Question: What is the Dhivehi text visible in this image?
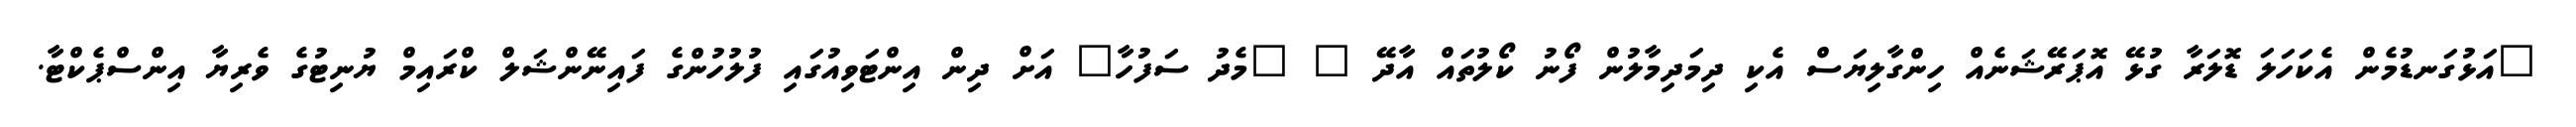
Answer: "އަޅުގަނޑުމެން އެކަހަލަ ޑޮލަރާ ގުޅޭ އޮޕަރޭޝަނެއް ހިންގާލިޔަސް އެކި ދިމަދިމާލުން ފޯނު ކޯލުތައް އާދޭ " "މެދު ސަފުހާ" އަށް ދިން އިންޓަވިއުގައި ފުލުހުންގެ ފައިނޭންޝަލް ކްރައިމް ޔުނިޓުގެ ވެރިޔާ އިންސްޕެކްޓާ.